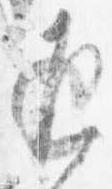
返